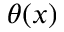
\theta ( x )